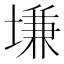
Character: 𡏊